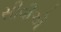
સીવીએ